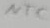
Text: NTC